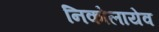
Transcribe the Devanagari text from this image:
निकोलायेव